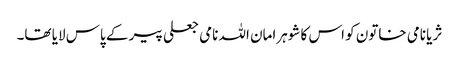
ثریا نامی خاتون کو اس کا شوہرامان اللہ نامی جعلی پیر کے پاس لایا تھا۔